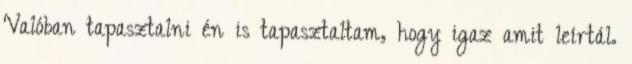
Valóban tapasztalni én is tapasztaltam, hogy igaz amit leírtál.